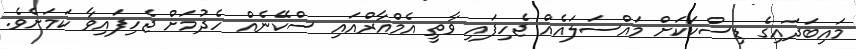
މައިބަދައިގެ ޑިސްކަކަށް މައްސަލައެއް ޖެހިފައި ވާތީ އެމްއާރްއައި ސްކޭނެއް ހެދުމަށް ޖެހިފައިވާ ކަމަށެވެ.